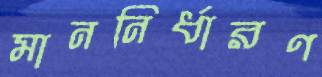
মাননির্ধারণ